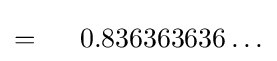
=\ \ \ \ 0.836363636\ldots